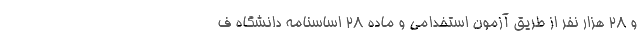
و ۲۸ هزار نفر از طریق آزمون استخدامی و ماده ۲۸ اساسنامه دانشگاه ف